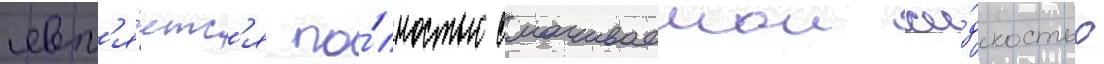
явл'я́етс'я по́лностью смачиваемои жи́дкостью